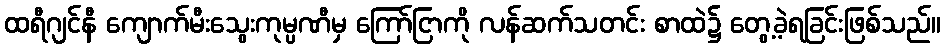
ထရီဂျင်နီ ကျောက်မီးသွေးကုမ္ပဏီမှ ကြော်ငြာကို လန်ဆက်သတင်း စာထဲ၌ တွေ့ခဲ့ရခြင်းဖြစ်သည်။